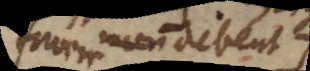
non debent